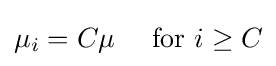
\mu _{i}=C\mu \quad {\text{ for }}i\geq C